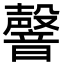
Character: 韾